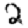
Digit: 2